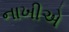
નાખીએ